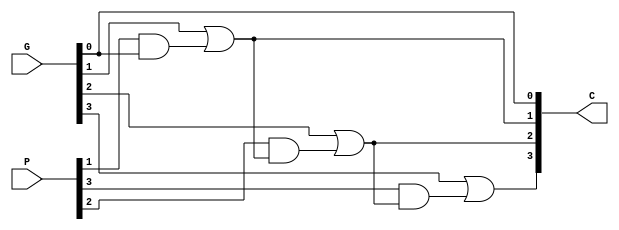
/*
Author: Kyle Jarvis
Program Name: CarryLogic
Creation Date: 3/12/24
Date Last Updated: 3/12/24
Function: 
Method: 
Inputs:
Outputs: 
Comments: 
*/

module CarryLogic(
input [3:0]G, P,
output [4:1]C);

assign C[1] = G[0];
assign C[2] = G[1] | (P[1] & G[0]);
assign C[3] = G[2] | (P[2] & (G[1] | (P[1] & G[0])));
assign C[4] = G[3] | (P[3] & (G[2] | (P[2] & (G[1] | (P[1] & G[0])))));


endmodule